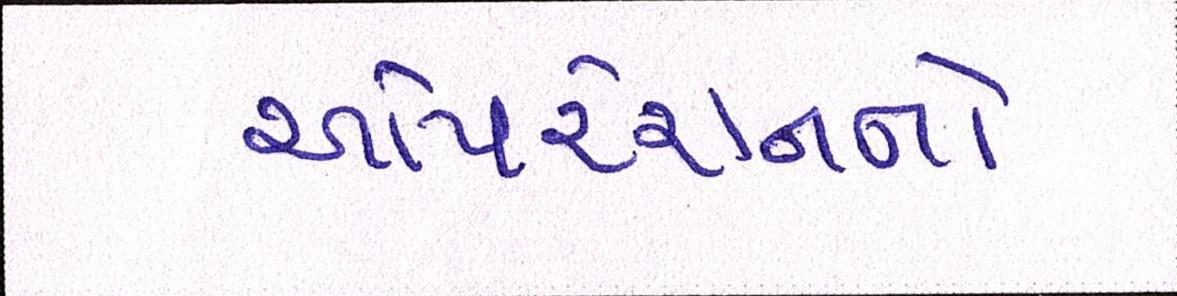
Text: ઓપરેશનનો